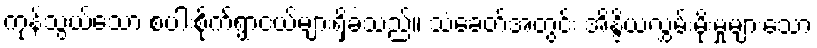
ကုန်သွယ်သော စပါးစိုက်ရွာငယ်များရှိခဲ့သည်။ သံခေတ်အတွင်း အိန္ဒိယလွှမ်းမိုးမှုများသော